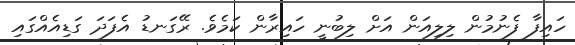
ހައިފާ ފެނުމުން ލިލިއަން އަށް ލިބުނީ ހައިރާން ކަމެވެ. ރޭގަނޑު އެފަދަ ގަޑިއެއްގައި